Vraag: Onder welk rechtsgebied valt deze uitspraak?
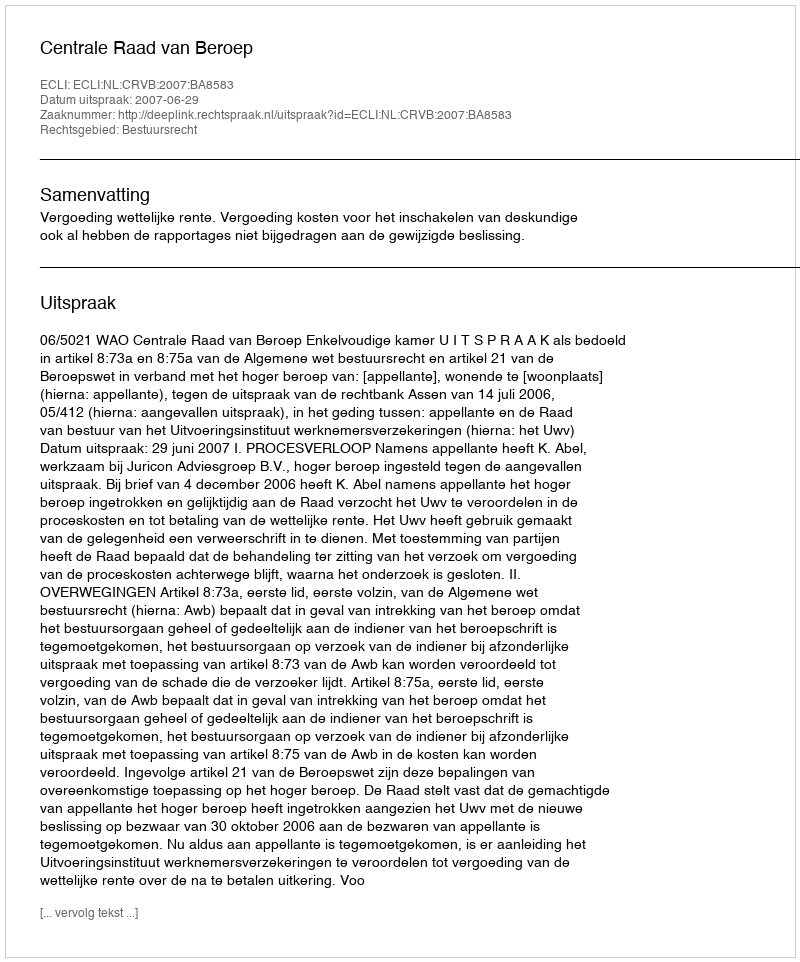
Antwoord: Bestuursrecht